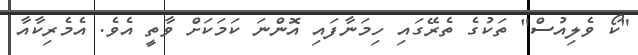
"ކޯ ވެލިއުސް" ތަކުގެ ތެރޭގައި ހިމަނާފައި އޮންނަ ކަމަކަށް ވާތީ އެވެ. އެމެރިކާއާ